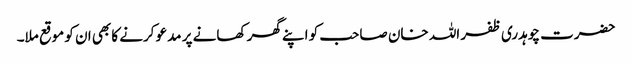
حضرت چوہدری ظفر اللہ خان صاحب کو اپنے گھر کھانے پر مدعو کرنے کا بھی ان کو موقع ملا۔